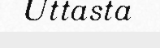
Uttasta